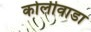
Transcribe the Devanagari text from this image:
कोलीवाडा